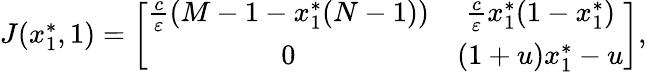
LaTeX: \begin{array}{r}{J(x_{1}^{*},1)=\left[{\begin{array}{cc}{\frac{c}{\varepsilon}(M-1-x_{1}^{*}(N-1))}&{\frac{c}{\varepsilon}x_{1}^{*}(1-x_{1}^{*})}\\ {0}&{(1+u)x_{1}^{*}-u}\end{array}}\right],}\end{array}